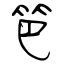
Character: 笆